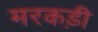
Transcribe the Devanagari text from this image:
मरकड़ी